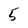
Character: 5